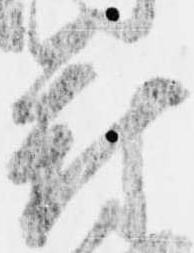
府